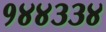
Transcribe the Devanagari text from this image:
१४४३३४